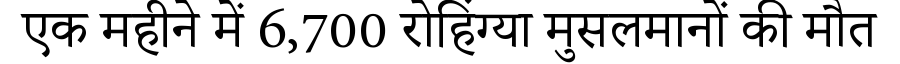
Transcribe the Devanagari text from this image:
एक महीने में 6,700 रोहिंग्या मुसलमानों की मौत